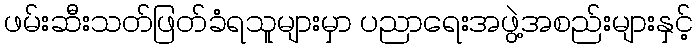
ဖမ်းဆီးသတ်ဖြတ်ခံရသူများမှာ ပညာရေးအဖွဲ့အစည်းများနှင့်